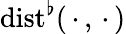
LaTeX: \mathrm{{dist}}^{\flat}(\mathrel{\, \cdot\, },\mathrel{\, \cdot\, })